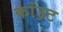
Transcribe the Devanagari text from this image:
कांउट